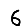
Digit: 6